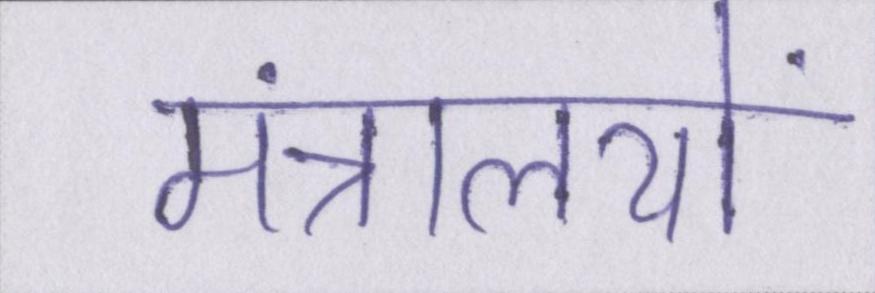
मंत्रालयों